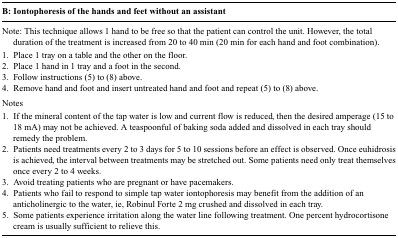
<table><thead><tr><td colspan="2"><b>B: Iontophoresis of the hands and feet without an assistant</b></td></tr></thead><tbody><tr><td colspan="2">Note: This technique allows 1 hand to be free so that the patient can control the unit. However, the total duration of the treatment is increased from 20 to 40 min (20 min for each hand and foot combination).</td></tr><tr><td>1.</td><td>Place 1 tray on a table and the other on the floor.</td></tr><tr><td>2.</td><td>Place 1 hand in 1 tray and a foot in the second.</td></tr><tr><td>3.</td><td>Follow instructions (5) to (8) above.</td></tr><tr><td>4.</td><td>Remove hand and foot and insert untreated hand and foot and repeat (5) to (8) above.</td></tr><tr><td colspan="2">Notes</td></tr><tr><td>1.</td><td>If the mineral content of the tap water is low and current flow is reduced, then the desired amperage (15 to 18 mA) may not be achieved. A teaspoonful of baking soda added and dissolved in each tray should remedy the problem.</td></tr><tr><td>2.</td><td>Patients need treatments every 2 to 3 days for 5 to 10 sessions before an effect is observed. Once euhidrosis is achieved, the interval between treatments may be stretched out. Some patients need only treat themselves once every 2 to 4 weeks.</td></tr><tr><td>3.</td><td>Avoid treating patients who are pregnant or have pacemakers.</td></tr><tr><td>4.</td><td>Patients who fail to respond to simple tap water iontophoresis may benefit from the addition of an anticholinergic to the water, ie, Robinul Forte 2 mg crushed and dissolved in each tray.</td></tr><tr><td>5.</td><td>Some patients experience irritation along the water line following treatment. One percent hydrocortisone cream is usually sufficient to relieve this.</td></tr></tbody></table>